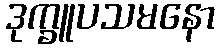
ဒုက္ခူပသမနော